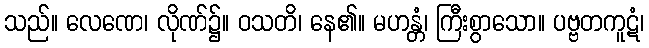
သည်။ လေဏေ၊ လိုဏ်၌။ ဝသတိ၊ နေ၏။ မဟန္တံ၊ ကြီးစွာသော။ ပဗ္ဗတကူဋံ၊